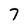
Character: 7